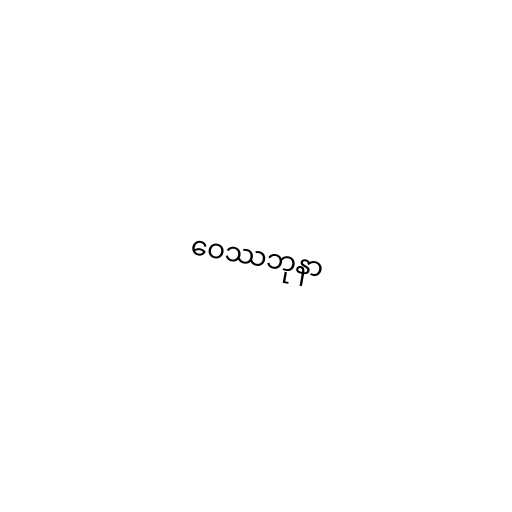
ဝေဿဘုနာ